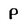
Character: P